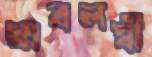
স্বাবলম্বী